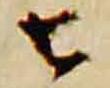
去